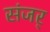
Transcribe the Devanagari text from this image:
संजर्